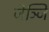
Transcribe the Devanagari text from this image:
जेञ्जि